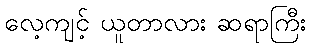
လေ့ကျင့် ယူတာလား ဆရာကြီး